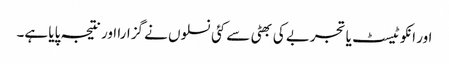
اور انکو ٹیسٹ یا تجربے کی بھٹی سے کئی نسلوں نے گزارا اور نتیجہ پایا ہے۔